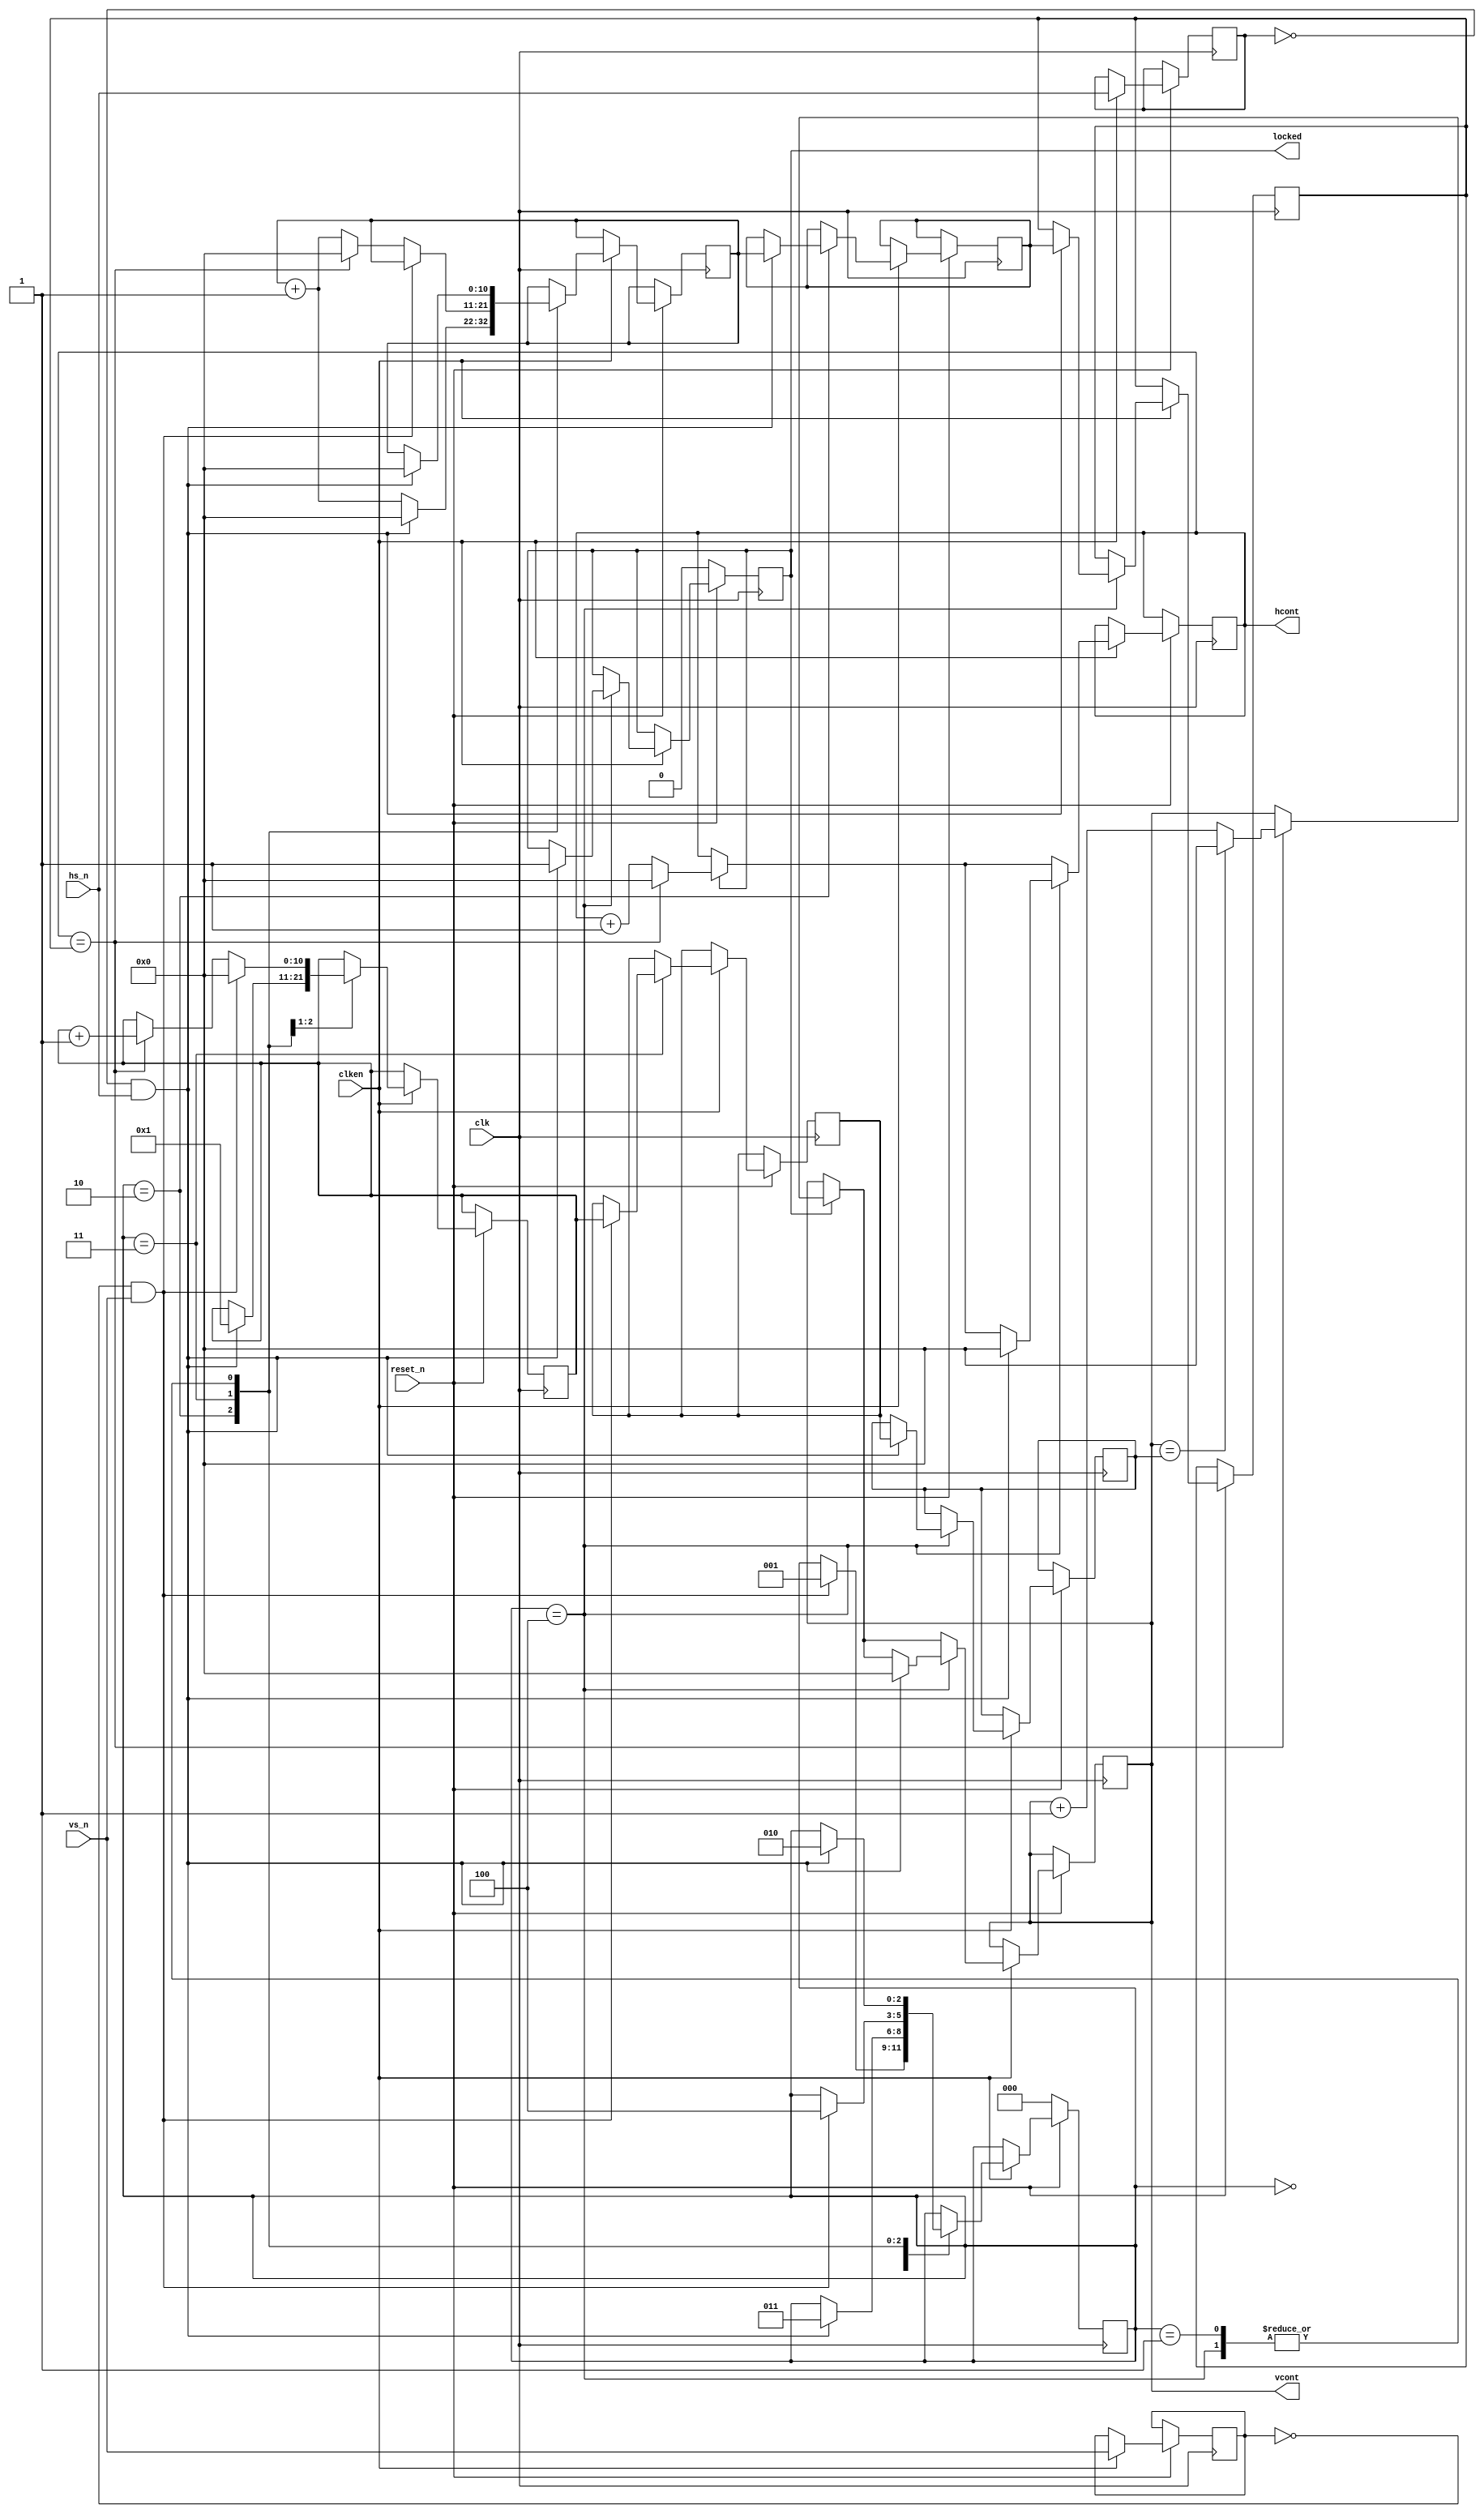
//////////////////////////////////////////////////////////////////////////////////
// Company: 
// Engineer: 
// 
// Design Name: 
// Module Name: gen_hvconts
// Project Name: 
// Target Devices: 
// Tool Versions: 
// Description: 
// 
// Dependencies: 
// 
// Revision:
// Revision 0.01 - File Created
// Additional Comments:
// 
//////////////////////////////////////////////////////////////////////////////////

`timescale 1ns / 1ps
`default_nettype none

module gen_hvconts (
    input wire clk,
    input wire clken,
    input wire reset_n,
    input wire hs_n,
    input wire vs_n,
    output reg [10:0] hcont,
    output reg [10:0] vcont,
    output reg locked
    );
    
    initial locked = 0;
    reg [10:0] htotal, vtotal;
    reg [10:0] ihtotal, ivtotal;
    reg [10:0] ihcont,ivcont;
    reg [2:0] fase = 0;
    reg hs_n_prev = 1;
    reg vs_n_prev = 1;
    wire posedge_hs = (hs_n_prev == 0 && hs_n == 1);
    wire posedge_vs = (vs_n_prev == 0 && vs_n == 1);
    
    always @(posedge clk) begin
      if (reset_n == 0) begin
        fase <= 0;
        locked <= 0;
      end
      else if (clken == 1) begin

        if (locked == 1) begin
          if (hcont == htotal) begin
            hcont <= 0;
            if (vcont == vtotal)
              vcont <= 0;
            else
              vcont <= vcont + 1;
          end
          else
            hcont <= hcont + 1;
        end
      
        hs_n_prev <= hs_n;
        vs_n_prev <= vs_n;
        case (fase)
          0: begin
               if (posedge_vs)
                 fase <= 1;
             end
          1: begin
               if (posedge_hs) begin
                 fase <= 2;
                 ihcont <= 0;
               end
             end
          2: begin
               if (posedge_hs) begin  // ha pasado un scan (el primero)
                 ihtotal <= ihcont;
                 ihcont <= 0;
                 ivcont <= 1;
                 fase <= 3;
               end
               else
                 ihcont <= ihcont + 1;
             end
          3: begin
               if (posedge_vs) begin
                 ivtotal <= ivcont;
                 ivcont <= 0;
                 fase <= 4;
               end
               else if (hcont == htotal) begin
                 ihcont <= 0;
                 ivcont <= ivcont + 1;
               end
               else
                 ihcont <= ihcont + 1;
             end
          4: begin
               if (posedge_hs) begin  // en este punto tenemos htotal y vtotal, y estamos en la esquina sup. izq
                 fase <= 2;
                 ihcont <= 0;
                 hcont <= 0;
                 vcont <= 0;
                 htotal <= ihtotal;
                 vtotal <= ivtotal;
                 locked <= 1;
               end
             end
        endcase
      end
    end     
endmodule